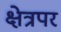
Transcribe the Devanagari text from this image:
क्षेत्रपर